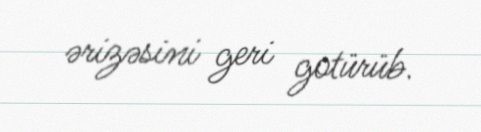
ərizəsini geri gotürüb.